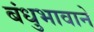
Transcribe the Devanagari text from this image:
बंधुभावाने